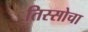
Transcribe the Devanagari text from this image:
तिस्सोचा